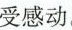
受感动。